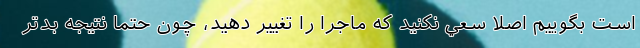
است بگوييم اصلا سعي نكنيد كه ماجرا را تغيير دهيد، چون حتما نتيجه بدتر